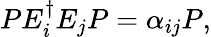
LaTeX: PE_{i}^{\dagger}E_{j}P=\alpha_{ij}P,